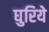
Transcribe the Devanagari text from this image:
घुरिये